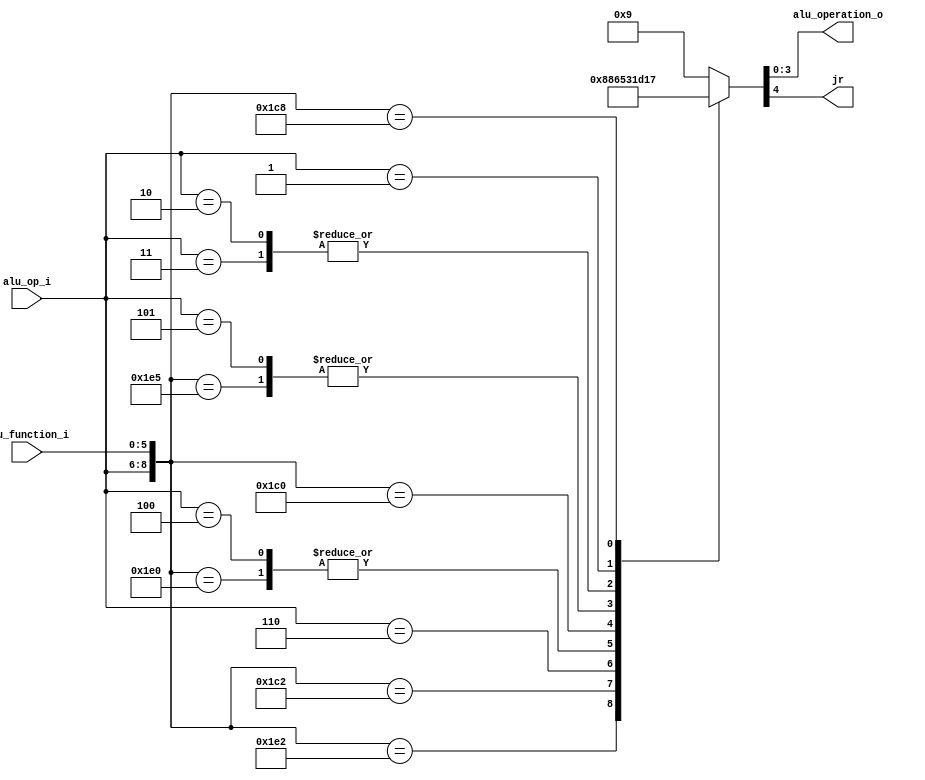
/******************************************************************
* Description
*	This is the control unit for the ALU. It receves an signal called 
*	ALUOp from the control unit and a signal called ALUFunction from
*	the intrctuion field named function.
* Version:
*	1.0
* Author:
*	Dr. Jos Luis Pizano Escalante
* email:
*	luispizano@iteso.mx
* Date:
*	05/07/2020
******************************************************************/
module ALU_Control
(
	input [2:0] alu_op_i,
	input [5:0] alu_function_i,
	output [3:0] alu_operation_o,
	output jr

);

//GREEN SHEET (llega el func) 
//Type R
localparam R_TYPE_ADD    = 9'b111_100000;
localparam R_TYPE_OR     = 9'b111_100101;
localparam R_TYPE_SLL    = 9'b111_000000;
localparam R_TYPE_SRL    = 9'b111_000010;
localparam R_TYPE_SUB    = 9'b111_100010;
//nuevos*
localparam R_TYPE_JR		 = 9'b111_001000;

//Type I
localparam I_TYPE_LUI    = 9'b110_xxxxxx;//comodines
localparam I_TYPE_ADDI   = 9'b100_xxxxxx;
localparam I_TYPE_ORI    = 9'b101_xxxxxx;
//nuevos*
localparam I_TYPE_BEQ    = 9'b001_xxxxxx;
localparam I_TYPE_SW 	 = 9'b011_xxxxxx;
localparam I_TYPE_LW		 = 9'b010_xxxxxx;

//Type J
localparam J_TYPE_J 		 = 9'b000_xxxxxx;
localparam J_TYPE_JAL    = 9'b100_xxxxxx;






reg [4:0] alu_control_values_r;
wire [8:0] selector_w;

assign selector_w = {alu_op_i, alu_function_i};

always@(selector_w)begin

	casex(selector_w)
		R_TYPE_SUB:    alu_control_values_r = 5'b00000;
		R_TYPE_SRL:    alu_control_values_r = 5'b00001;
		I_TYPE_LUI:    alu_control_values_r = 5'b00010;
		R_TYPE_ADD:    alu_control_values_r = 5'b00011;
		I_TYPE_ADDI:   alu_control_values_r = 5'b00011;
		R_TYPE_SLL:    alu_control_values_r = 5'b00101;
		R_TYPE_OR:     alu_control_values_r = 5'b00110;
		I_TYPE_ORI:    alu_control_values_r = 5'b00110;
		//nuevos
		I_TYPE_SW:		alu_control_values_r = 5'b00111;
		I_TYPE_LW:		alu_control_values_r = 5'b00111;
		I_TYPE_BEQ:		alu_control_values_r = 5'b01000;
		R_TYPE_JR:     alu_control_values_r = 5'b10111;

		default: alu_control_values_r = 5'b01001;
	endcase
	
end


assign alu_operation_o = alu_control_values_r[3:0];
assign jr = alu_control_values_r[4];

endmodule